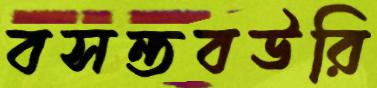
বসন্তবউরি